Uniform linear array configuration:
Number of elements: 32
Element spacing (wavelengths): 0.25
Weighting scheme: uniform
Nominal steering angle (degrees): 60
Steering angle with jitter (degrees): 58.132
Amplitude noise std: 0.05
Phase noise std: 0.05

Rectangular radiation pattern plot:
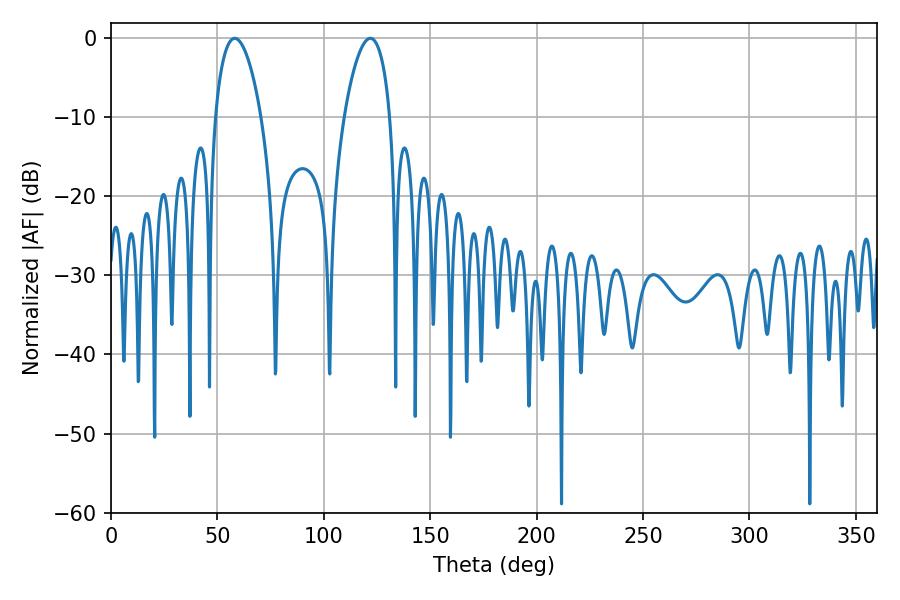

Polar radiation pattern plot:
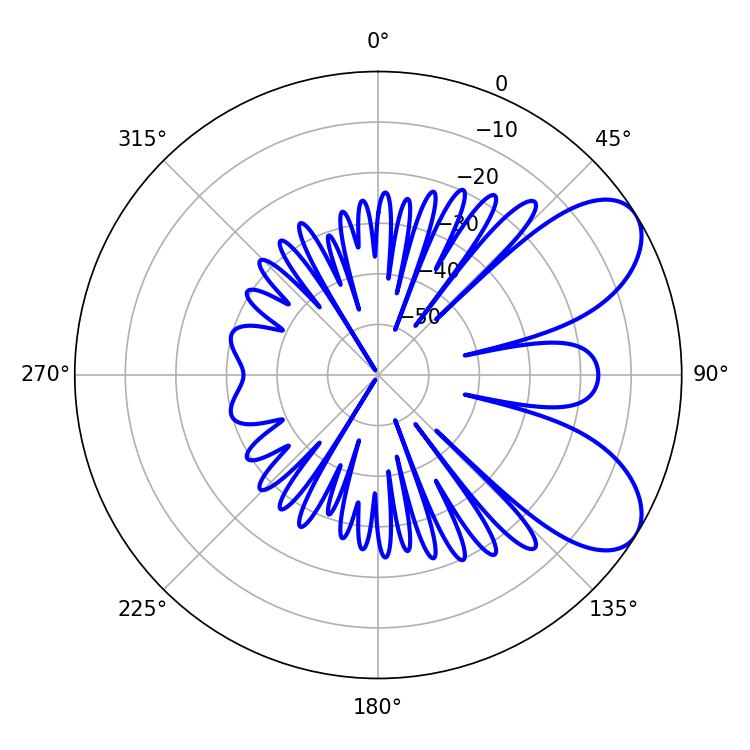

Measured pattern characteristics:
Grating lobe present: FALSE
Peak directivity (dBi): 7.083
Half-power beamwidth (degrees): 12.24
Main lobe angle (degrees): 58.14